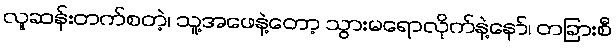
လူဆန်းတက်စတဲ့၊ သူ့အဖေနဲ့တော့ သွားမရောလိုက်နဲ့နော်၊ တခြားစီ